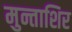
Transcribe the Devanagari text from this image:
मुन्ताशिर